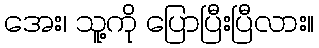
အေး၊ သူ့ကို ပြောပြီးပြီလား။